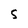
Character: S